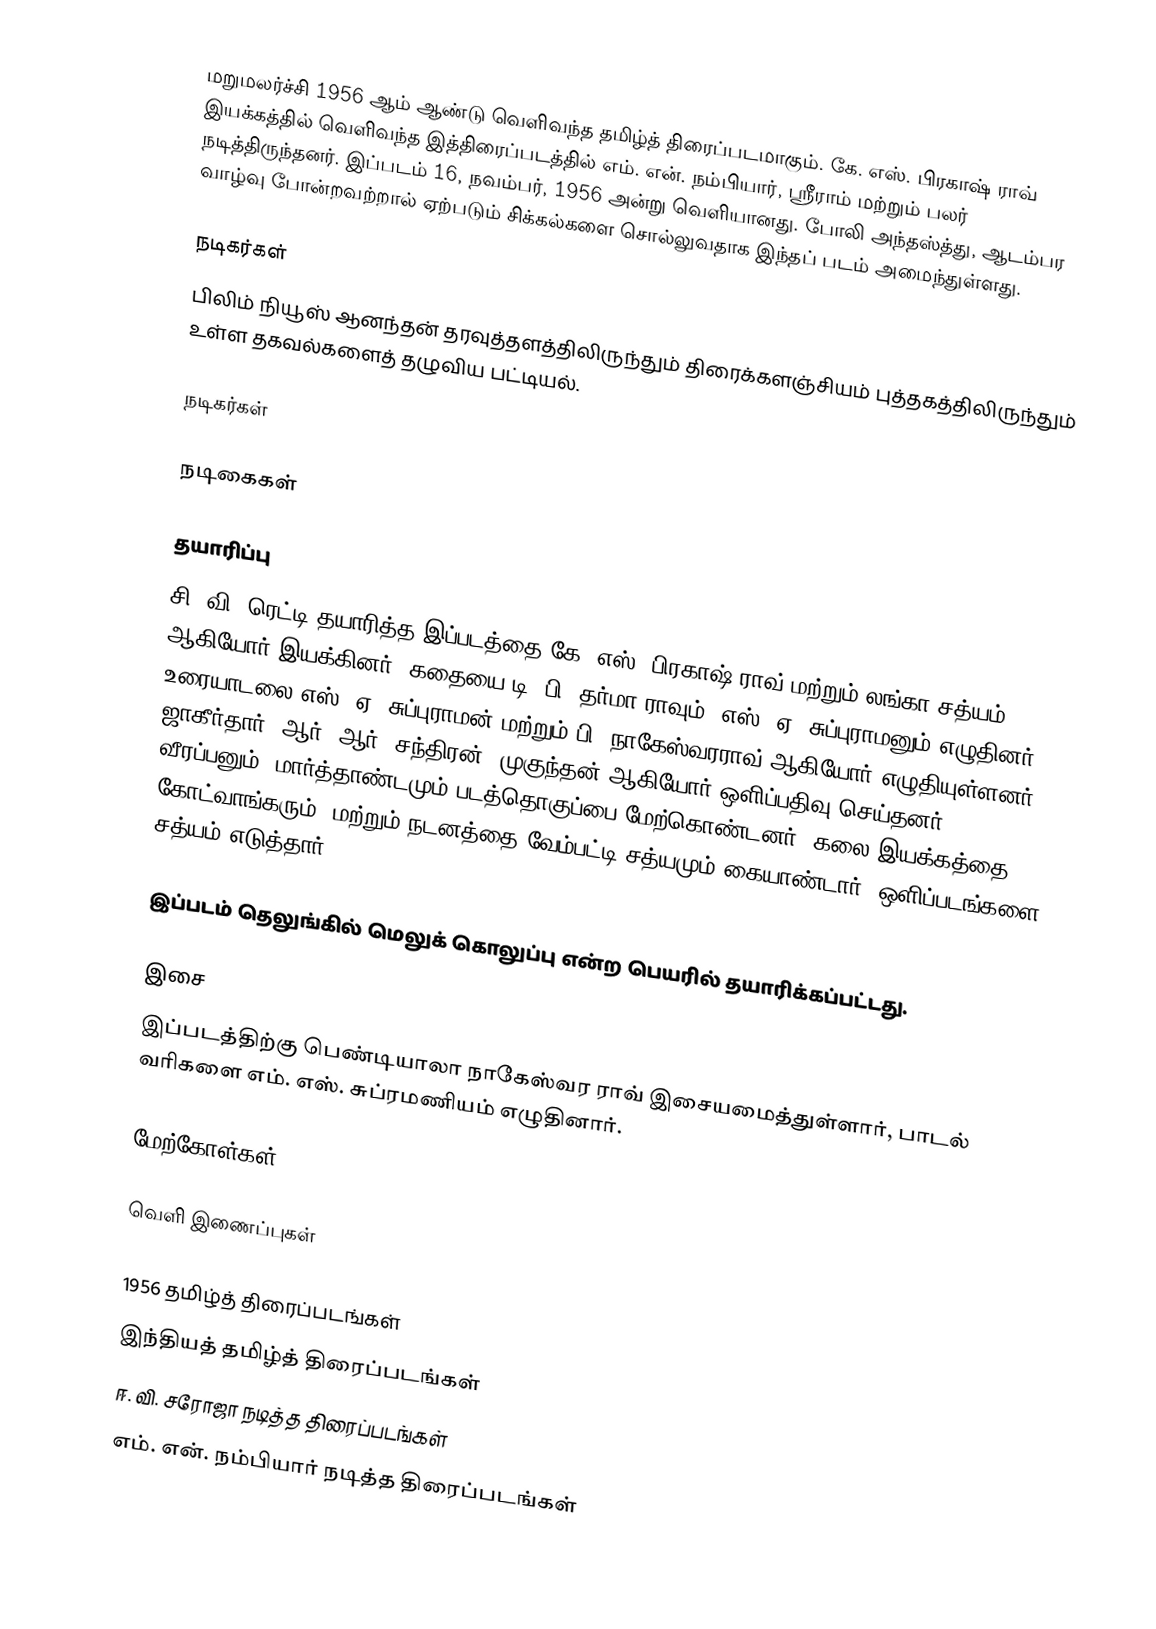
மறுமலர்ச்சி 1956 ஆம் ஆண்டு வெளிவந்த தமிழ்த் திரைப்படமாகும். கே. எஸ். பிரகாஷ் ராவ் இயக்கத்தில் வெளிவந்த இத்திரைப்படத்தில் எம். என். நம்பியார், ஸ்ரீராம் மற்றும் பலர் நடித்திருந்தனர். இப்படம் 16, நவம்பர், 1956 அன்று வெளியானது. போலி அந்தஸ்த்து, ஆடம்பர வாழ்வு போன்றவற்றால் ஏற்படும் சிக்கல்களை சொல்லுவதாக இந்தப் படம் அமைந்துள்ளது.

நடிகர்கள்
பிலிம் நியூஸ் ஆனந்தன் தரவுத்தளத்திலிருந்தும் திரைக்களஞ்சியம் புத்தகத்திலிருந்தும் உள்ள தகவல்களைத் தழுவிய பட்டியல்.

நடிகர்கள்

நடிகைகள்

தயாரிப்பு
சி. வி. ரெட்டி தயாரித்த இப்படத்தை கே. எஸ். பிரகாஷ் ராவ் மற்றும் லங்கா சத்யம் ஆகியோர் இயக்கினர். கதையை டி. பி. தர்மா ராவும், எஸ். ஏ. சுப்புராமனும் எழுதினர். உரையாடலை எஸ். ஏ. சுப்புராமன் மற்றும் பி. நாகேஸ்வரராவ் ஆகியோர் எழுதியுள்ளனர். ஜாகீர்தார், ஆர். ஆர். சந்திரன், முகுந்தன் ஆகியோர் ஒளிப்பதிவு செய்தனர். வீரப்பனும், மார்த்தாண்டமும் படத்தொகுப்பை மேற்கொண்டனர். கலை இயக்கத்தை கோட்வாங்கரும், மற்றும் நடனத்தை வேம்பட்டி சத்யமும் கையாண்டார். ஒளிப்படங்களை சத்யம் எடுத்தார்.

இப்படம் தெலுங்கில் மெலுக் கொலுப்பு என்ற பெயரில் தயாரிக்கப்பட்டது.

இசை
இப்படத்திற்கு பெண்டியாலா நாகேஸ்வர ராவ் இசையமைத்துள்ளார், பாடல் வரிகளை எம். எஸ். சுப்ரமணியம் எழுதினார்.

மேற்கோள்கள்

வெளி இணைப்புகள்

1956 தமிழ்த் திரைப்படங்கள்
இந்தியத் தமிழ்த் திரைப்படங்கள்
ஈ. வி. சரோஜா நடித்த திரைப்படங்கள்
எம். என். நம்பியார் நடித்த திரைப்படங்கள்